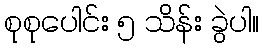
စုစုပေါင်း ၅ သိန်း ခွဲပါ။